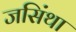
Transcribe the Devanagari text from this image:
जसिंथा